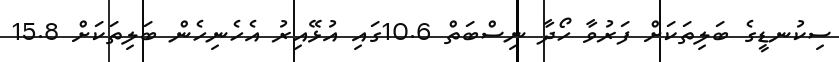
ސިކުނޑީގެ ބަލިތަކަށް ފަރުވާ ހޯދާ ނިސްބަތް 10.6ގައި އުޅޭއިރު އެހެނިހެން ބަލިތަކަށް 15.8